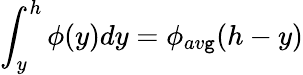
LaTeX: \int_{y}^{h}\phi(y)dy=\phi_{av\mathtt{g}}(h-y)